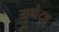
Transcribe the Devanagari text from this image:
युणैट्ड